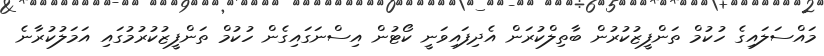
މައްސަލައިގެ ހުކުމް ތަންފީޒުކުރުން ބާތިލްކުރަން އެދިފައިވަނީ ކޯޓުން އިސްނަގައިގެން ހުކުމް ތަންފީޒުކުރުމުގައި އަމަލުކުރާނެ